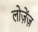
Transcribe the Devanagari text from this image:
लोज़ेंज़